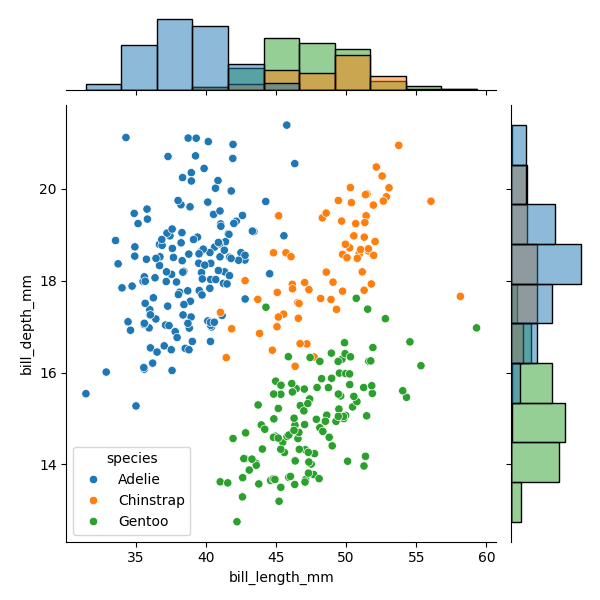
python, seaborn, JointGrid, scatterplot, histplot, hue